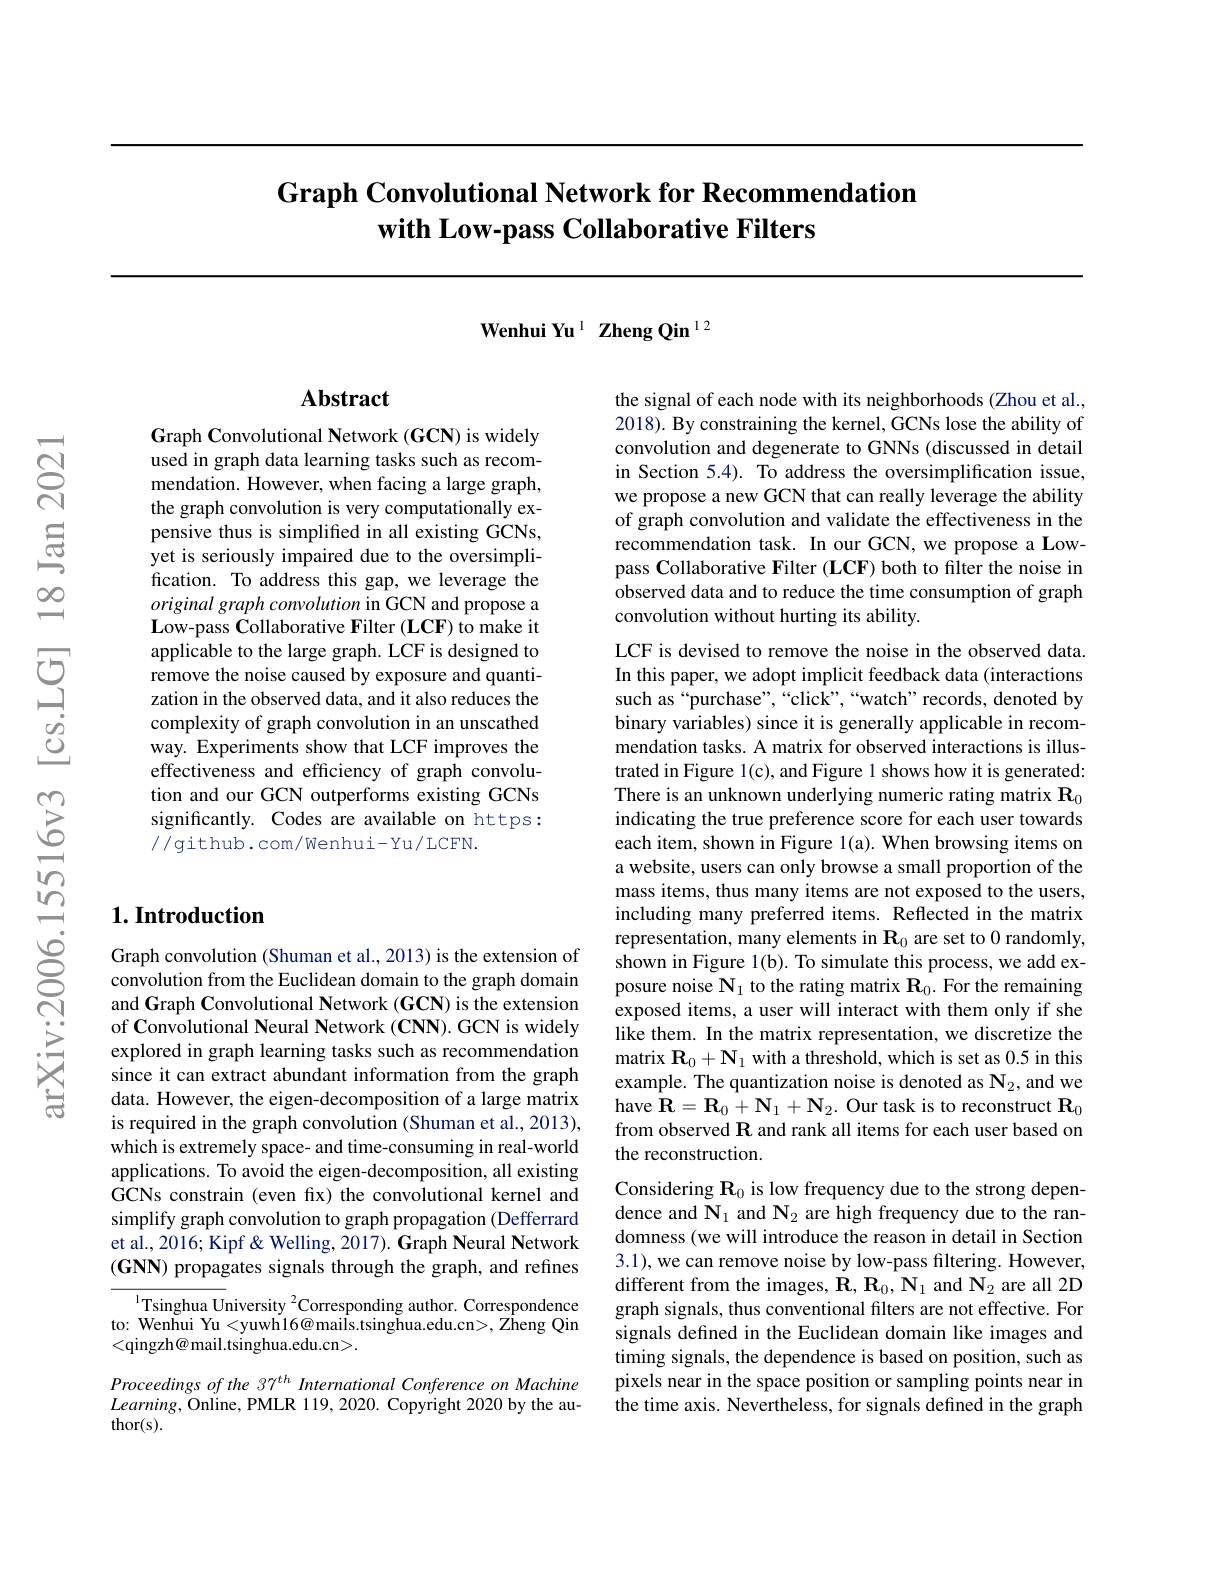
# Graph Convolutional Network for Recommendation with Low-pass Collaborative Filters

Wenhui Yu $^{1}$ Zheng Qin$^{12}$

## $\mathbf{Abstract}$

Graph Convolutional Network (GCN) is widely used in graph data learning tasks such as recommendation. However, when facing a large graph, the graph convolution is very computationally expensive thus is simplifed in all existing GCNs, yet is seriously impaired due to the oversimplification. To address this gap, we leverage the original graph convolution in GCN and propose a $\mathbf{L}$ow-pass Collaborative Filter (LCF) to make it applicable to the large graph. LCF is designed to remove the noise caused by exposure and quantization in the observed data, and it also reduces the complexity of graph convolution in an unscathed way. Experiments show that LCF improves the effectiveness and efficiency of graph convolution and our GCN outperforms existing GCNs significantly. Codes are available on https: //github.com/wenhui-Yu/LCFN.

## $1. \textbf{Introduction}$

Graph convolution (Shuman et al., 2013) is the extension of convolution from the Euclidean domain to the graph domain and Graph Convolutional Network (GCN) is the extension of Convolutional Neural Network (CNN).GCN is widely explored in graph learning tasks such as recommendation since it can extract abundant information from the graph data. However, the eigen-decomposition of a large matrix is required in the graph convolution (Shuman et al., 2013), which is extremely space- and time-consuming in real-world applications. To avoid the eigen-decomposition, all existing GCNs constrain (even fx) the convolutional kernel and simplify graph convolution to graph propagation (Defferrard et al., 2016; Kipf & Welling, 2017). Graph Neural Network $(\mathbf{GNN})$ propagates signals through the graph, and refines

${^{1}\text{Tsinghua U}}$niversity $^2$Corresponding author. Correspondence to: Wenhui Yu<yuwh16@mails.tsinghua.edu.cn>, Zheng Qin <qingzh@ mail.tsinghua.edu.cn>.

Proceedings of the 37$^th$ International Conference on Machine $Learning$,Online, PMLR 119, 2020. Copyright 2020 by the au- $thor(s).$

the signal of each node with its neighborhoods (Zhou et al., 2018). By constraining the kernel, GCNs lose the ability of convolution and degenerate to GNNs (discussed in detail in Section 5.4). To address the oversimplification issue, we propose a new GCN that can really leverage the ability of graph convolution and validate the effectiveness in the recommendation task. In our GCN, we propose a Lowpass Collaborative Filter (LCF) both to filter the noise in observed data and to reduce the time consumption of graph convolution without hurting its ability.

LCF is devised to remove the noise in the observed data. In this paper, we adopt implicit feedback data (interactions such as“purchase”,“click”,“watch”records, denoted by binary variables) since it is generally applicable in recommendation tasks. A matrix for observed interactions is illustrated in Figure l(c), and Figure 1 shows how it is generated: There is an unknown underlying numeric rating matrix $\mathbf{R}_0$ indicating the true preference score for each user towards each item, shown in Figure 1(a). When browsing items on a website, users can only browse a small proportion of the mass items, thus many items are not exposed to the users, including many preferred items. Reflected in the matrix representation, many elements in $\mathbf{R}_0$ are set to 0 randomly, shown in Figure 1(b). To simulate this process, we add exposure noise $\mathbf{N}_1$ to the rating matrix $\mathbf{R}_0.$ For the remaining exposed items, a user will interact with them only if she like them. In the matrix representation, we discretize the matrix $R_{0}$+ $N_{1}$ with a threshold, which is set as 0. 5 in this example. The quantization noise is denoted as $\mathbf{N}_{2}$,and we have $\mathbf{R}=\mathbf{R}_0+\mathbf{N}_1+\mathbf{N}_2.$ Our task is to reconstruct $\mathbf{R}_0$ from observed $\mathbf{R}$ and rank all items for each user based on the reconstruction.
Considering $\mathbf{R}_0$ is low frequency due to the strong dependence and $\mathbf{N}_1$ and $\mathbf{N}_2$ are high frequency due to the randomness (we will introduce the reason in detail in Section 3.1), we can remove noise by low-pass filtering. However, different from the images, $\mathbf{R},\mathbf{R}_0,\mathbf{N}_1$ and $\mathbf{N}_2$ are all 2D graph signals, thus conventional filters are not effective. For

signals defined in the Euclidean domain like images and timing signals, the dependence is based on position, such as pixels near in the space position or sampling points near in the time axis. Nevertheless, for signals defined in the graph